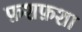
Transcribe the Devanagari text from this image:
फ़शफ़शा